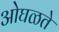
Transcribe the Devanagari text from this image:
ओघळते